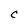
Character: c